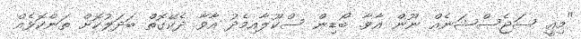
"މިއީ ސަޖެސްޝަނެއް ނޫން އާވާ. ބޯޑިން ސްކޫލާއިމެދު އާވާ ދެކޭގޮތް ބަދަލުކޮށް ތަންކޮޅެއް